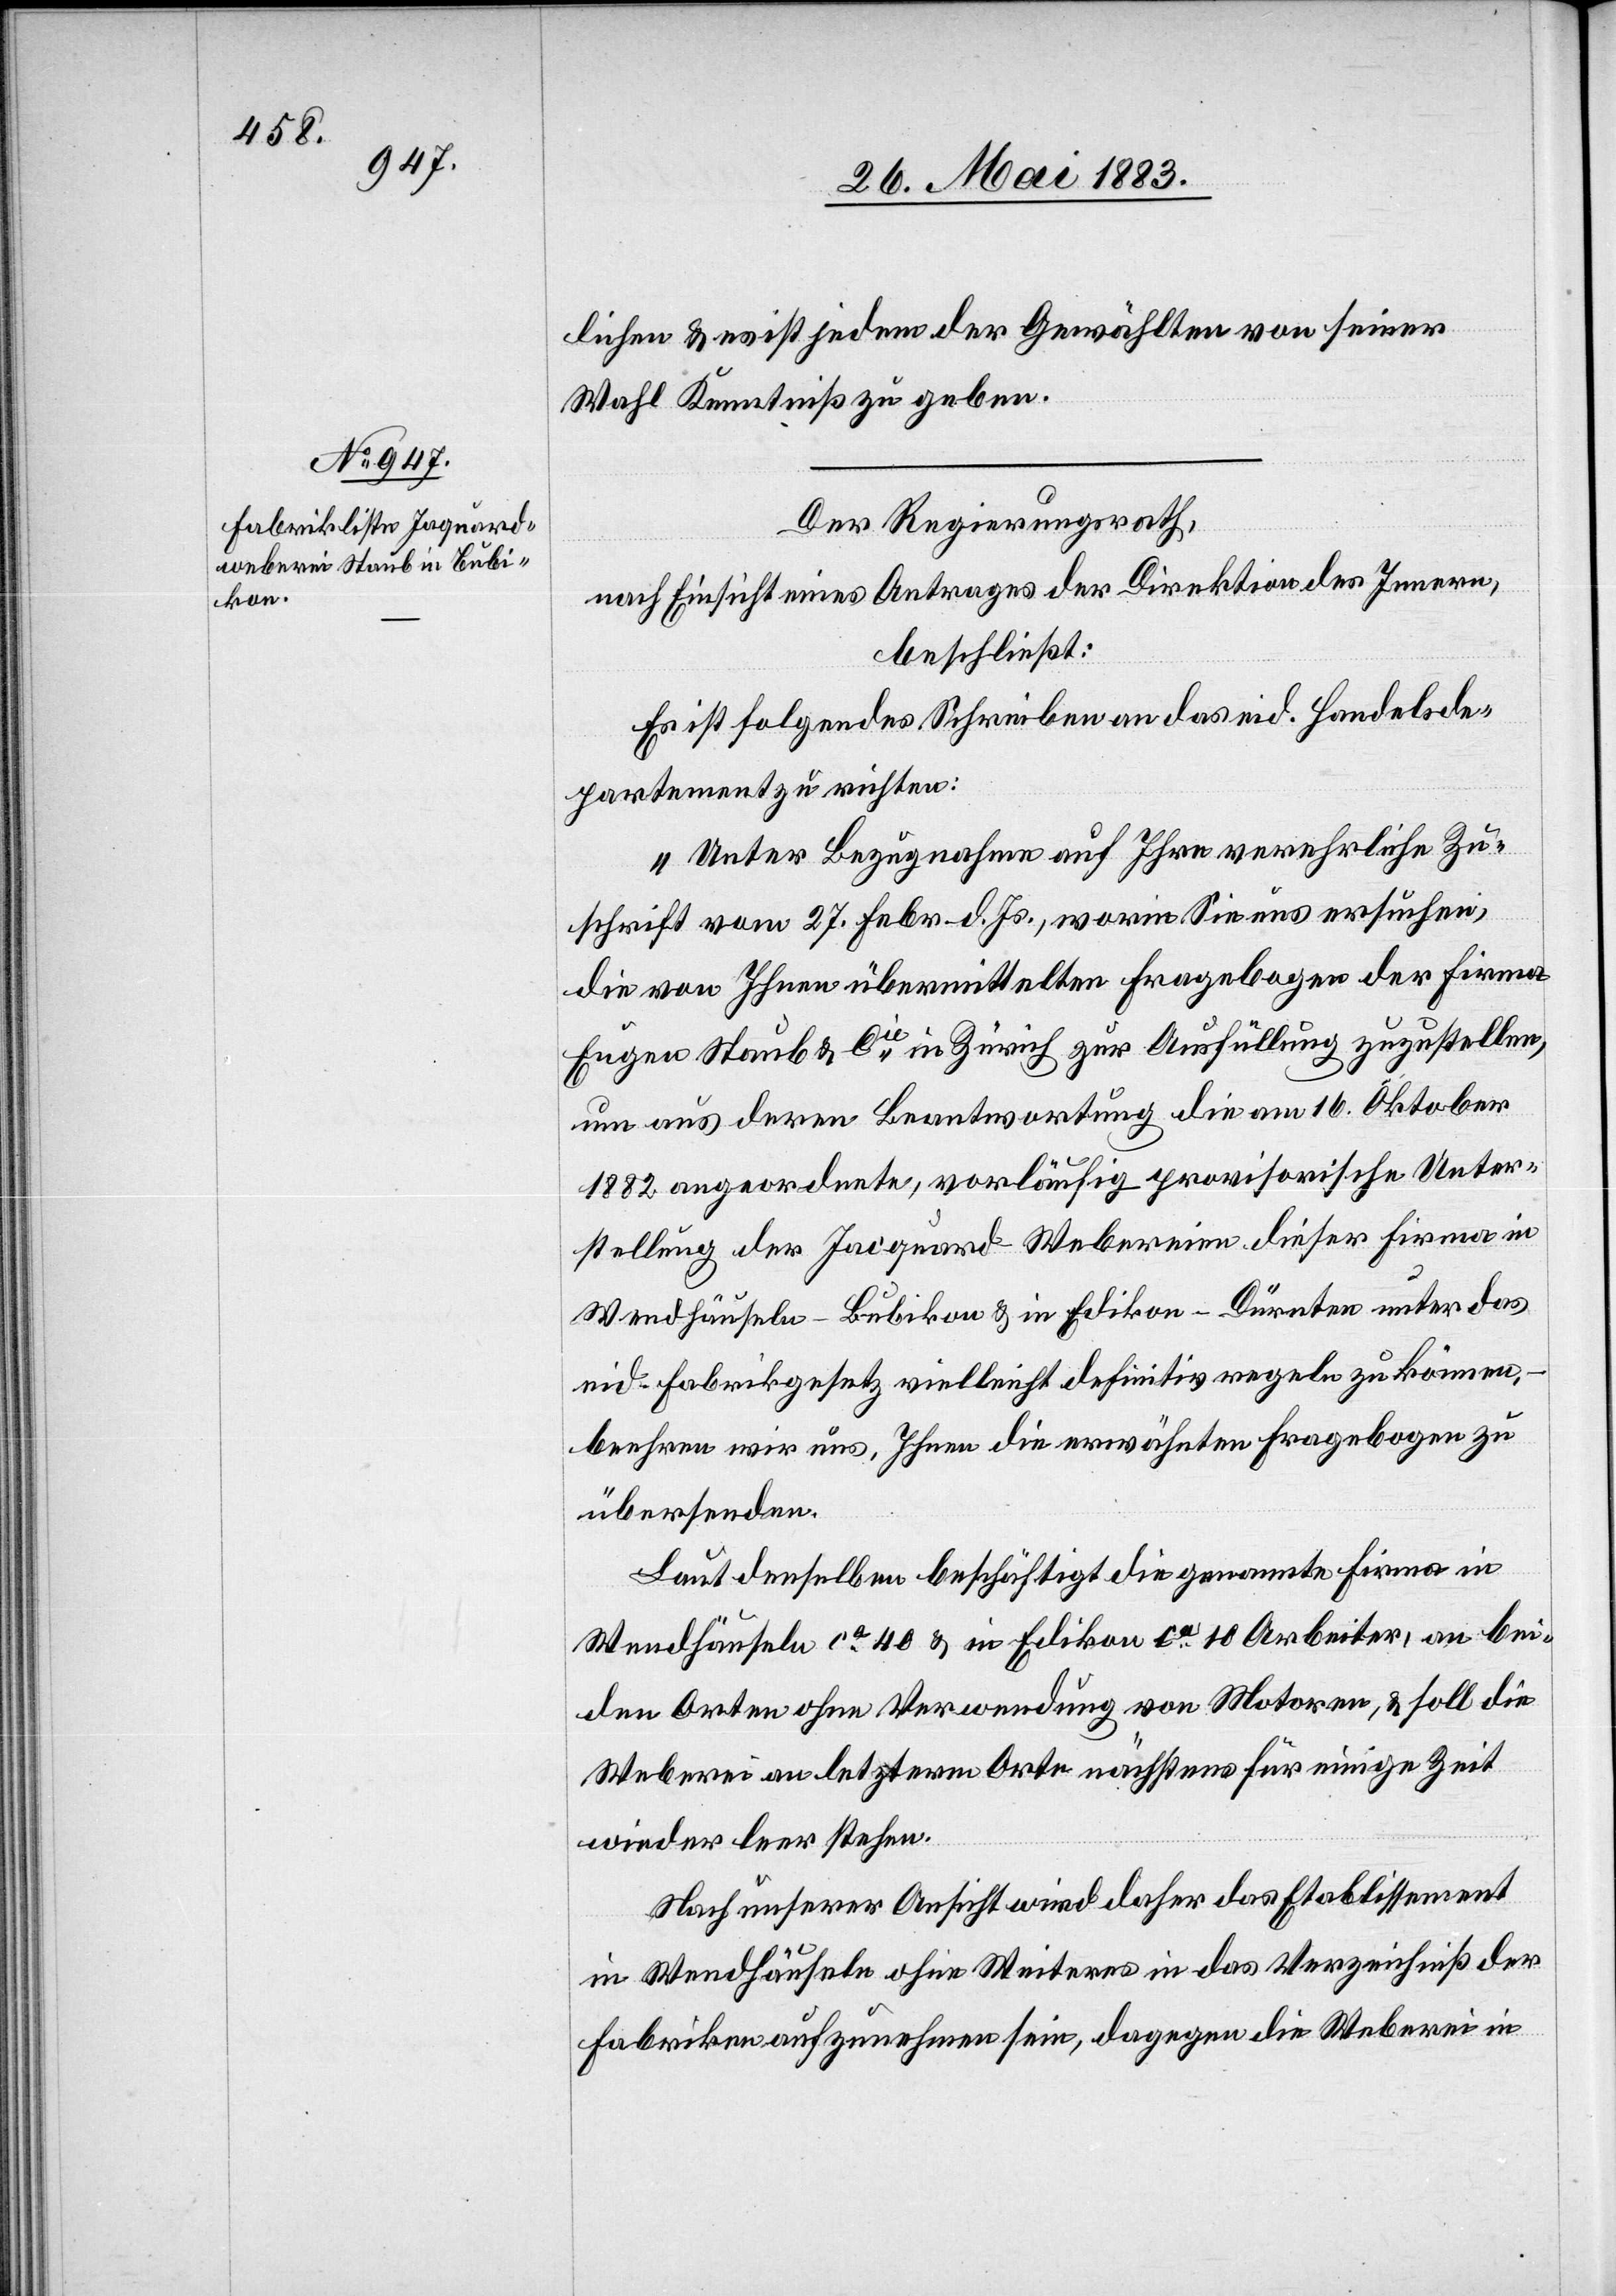
lichen & es ist jedem der Gewählten von seiner
Wahl Kenntniß zu geben.
Der Regierungsrath,
nach Einsicht eines Antrages der Direktion des Innern,
beschließt:
Es ist folgendes Schreiben an das eid. Handelsde¬
partement zu richten:
„Unter Bezugnahme auf Ihre verehrliche Zu¬
schrift vom 27. Febr. d. Js., worin Sie uns ersuchen,
die von Ihnen übermittelten Fragebogen der Firma
Eugen Staub & Cie in Zürich zur Ausfüllung zuzustellen,
um uns deren Beantwortung die am 16. Oktober
1882 angeordnete, vorläufig provisorische Unter¬
stellung der Jaquard Webereien dieser Firma in
Wendhäuseln - Bubikon & Edikon - Dürnten unter das
eid. Fabrikgesetz vielleicht definitiv regeln zu können,
beehren wir uns, Ihnen die erwähnten Fragebogen zu
übersenden.
Laut denselben beschäftigt die genannte Firma in
Wendhäuseln ca 40 & in Edikon ca 10 Arbeiter, an bei¬
den Orten ohne Verwendung von Motoren, & soll die
Weberei an letzterm Orte nächstens für einige Zeit
wieder leer stehen.
Nach unserer Ansicht wird daher das Etablissement
in Wendhäuseln ohne Weiteres in das Verzeichniß der
Fabriken aufzunehmen sein, dagegen die Weberei in